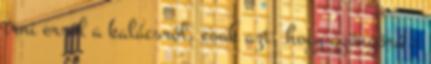
írni erről a kalácsról, csak azt, hogy gyönyörű :